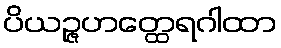
ပိယဉ္ဇဟတ္ထေရဂါထာ